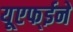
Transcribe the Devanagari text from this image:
यूएफ्ईने